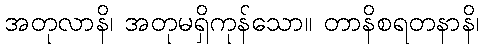
အတုလာနိ၊ အတုမရှိကုန်သော။ တာနိစရတနာနိ၊